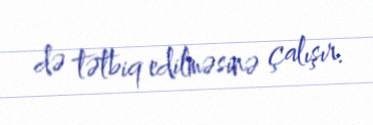
də tətbiq edilməsinə çalışır.